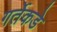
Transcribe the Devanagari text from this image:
गर्तेकडे